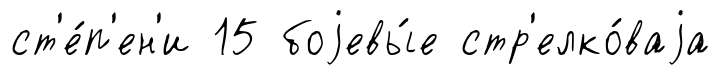
ст'е́п'ен'и 15 боjевы́е стр'елко́ваjа